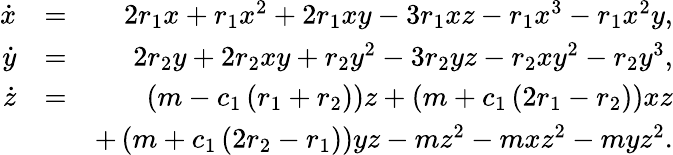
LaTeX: \begin{array}{rlr}{\dot{x}}&{=}&{2r_{1}x+r_{1}x^{2}+2r_{1}xy-3r_{1}xz-r_{1}x^{3}-r_{1}x^{2}y,}\\ {\dot{y}}&{=}&{2r_{2}y+2r_{2}xy+r_{2}y^{2}-3r_{2}yz-r_{2}xy^{2}-r_{2}y^{3},}\\ {\dot{z}}&{=}&{\left(m-c_{1}\left(r_{1}+r_{2}\right)\right)z+\left(m+c_{1}\left(2r_{1}-r_{2}\right)\right)xz}\\ &{}&{+\left(m+c_{1}\left(2r_{2}-r_{1}\right)\right)yz-mz^{2}-mxz^{2}-myz^{2}.}\end{array}